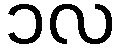
၁လ